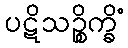
ပဋိသဉ္စိက္ခိံ